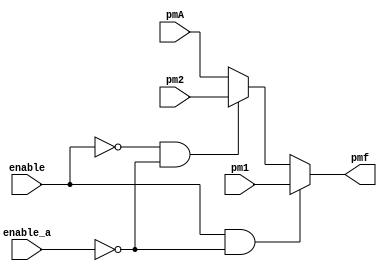
`timescale 1ns / 1ps
//////////////////////////////////////////////////////////////////////////////////
// Company: 
// Engineer: 
// 
// Design Name: 
// Module Name: pm_driver
// Project Name: 
// Target Devices: 
// Tool Versions: 
// Description: 
// 
// Dependencies: 
// 
// Revision:
// Revision 0.01 - File Created
// Additional Comments:
// 
//////////////////////////////////////////////////////////////////////////////////

//PM1 is for setting the time 
//PM2 is the current loaded time 
//PMA is the alarm time 

module pm_driver(
input enable,enable_a,input pm1, input pm2,input pmA, output reg pmf
    );
    
    always @(*)  begin 
        if (enable && !enable_a) pmf = pm1;
        else if (!enable && !enable_a) pmf = pm2; 
        else pmf=pmA;
    end
    
    
endmodule